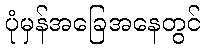
ပုံမှန်အခြေအနေတွင်